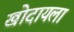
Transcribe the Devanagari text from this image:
खोदायला